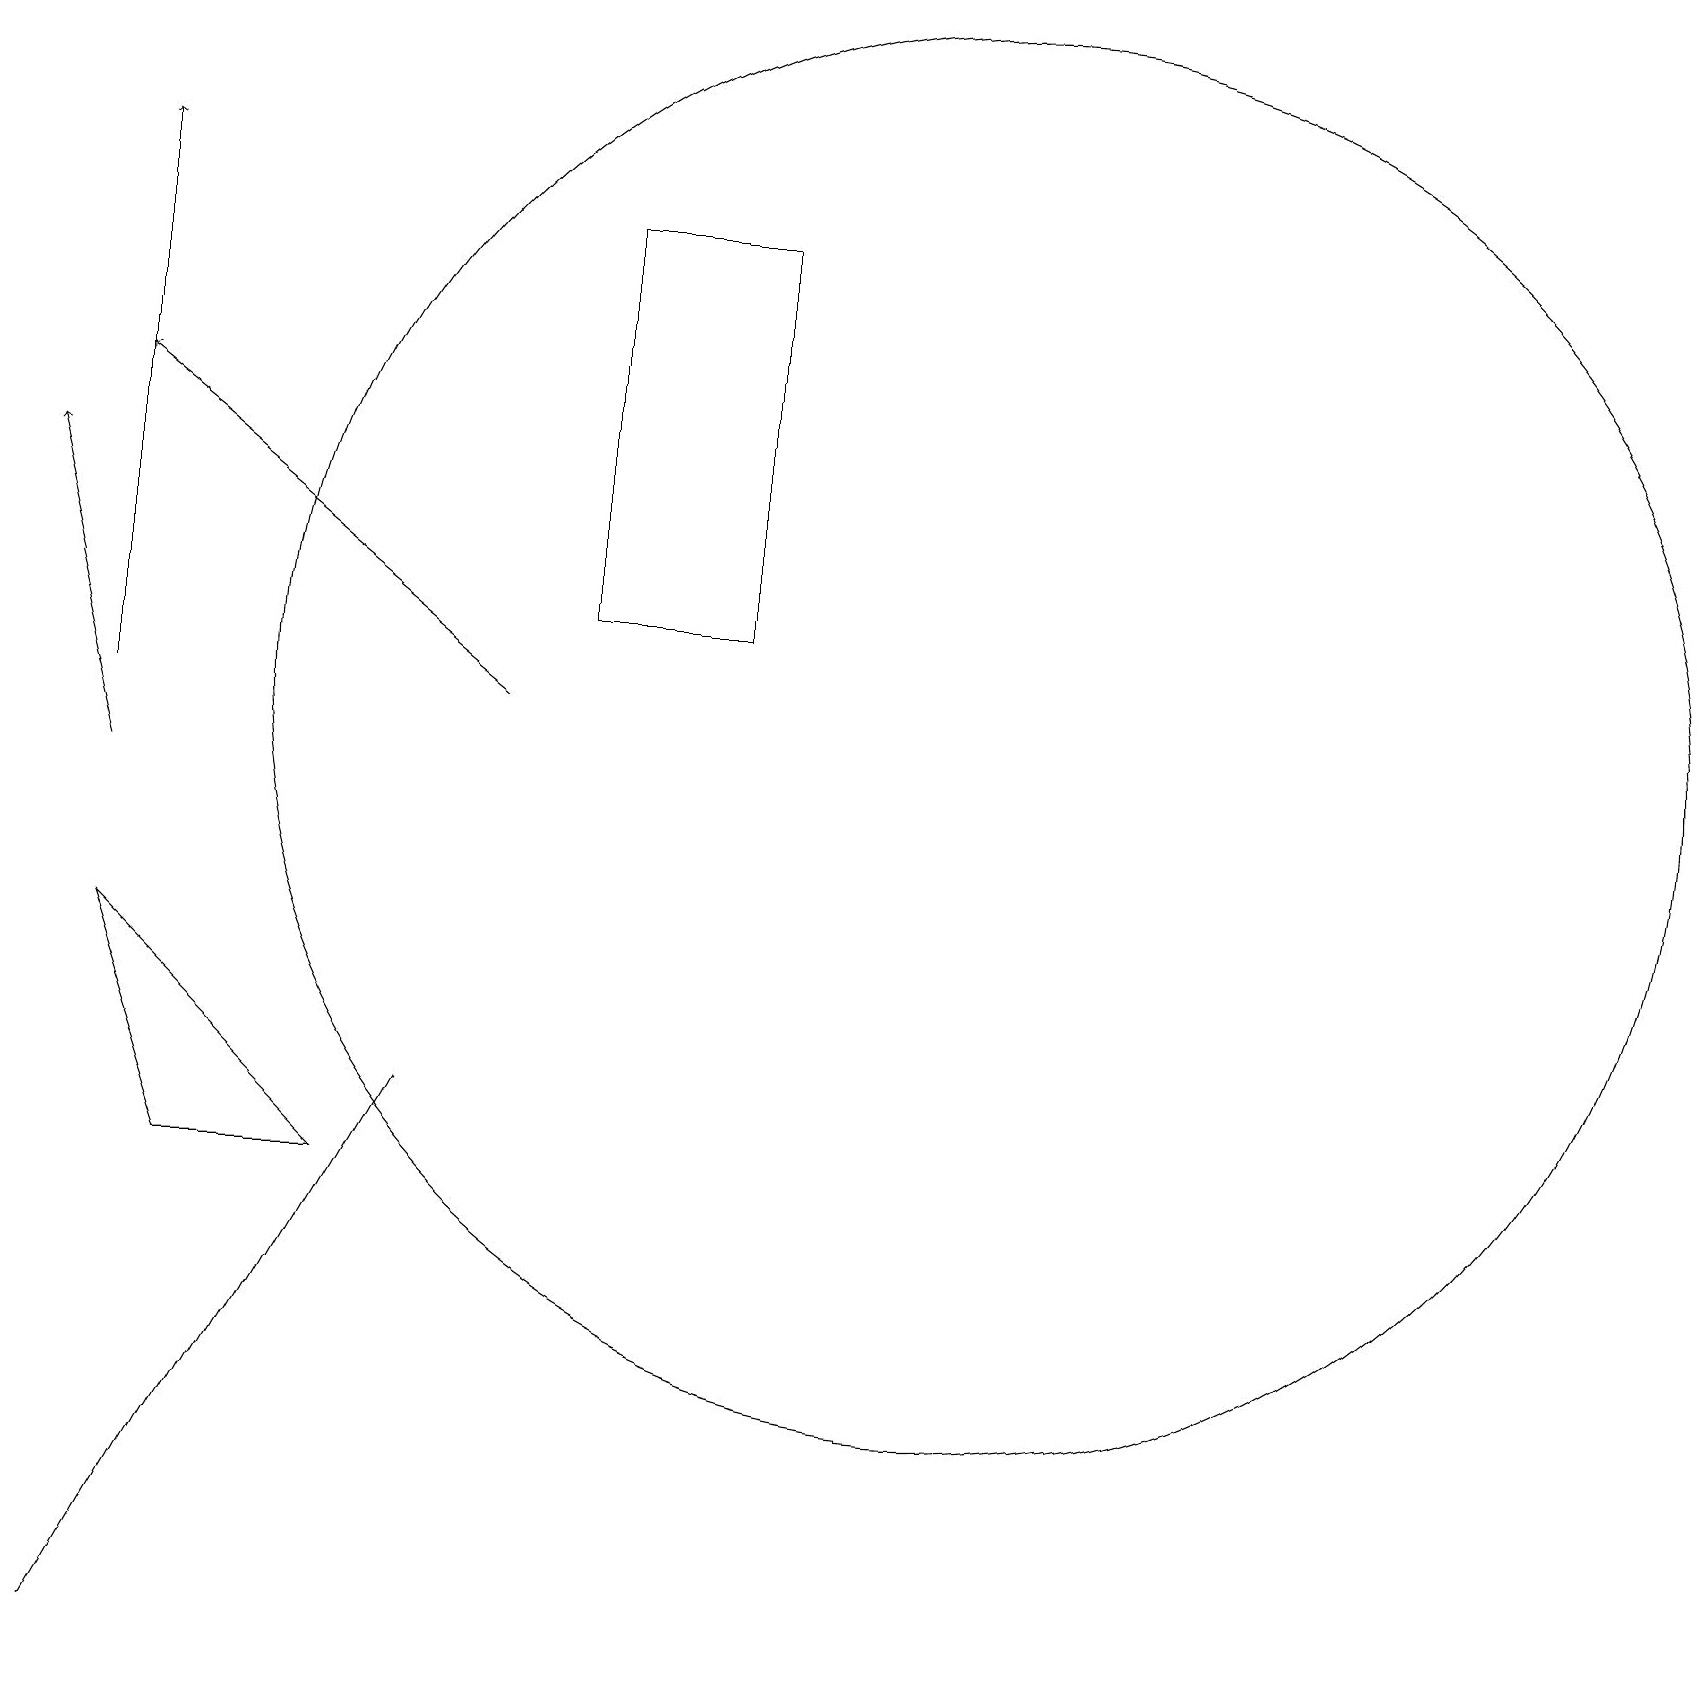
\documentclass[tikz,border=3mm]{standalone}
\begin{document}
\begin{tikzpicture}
\draw (1,9) -- (4,6) -- (2,6) -- cycle;
\draw[->] (6,12) -- (1,16);
\draw[->] (1,12) -- (1,19);
\draw (9,18) rectangle (7,13);
\draw (5,7) -- (1,0) -- (5,7) -- cycle;
\draw (11,11) circle (0);
\draw[->] (1,11) -- (0,15);
\draw (12,12) circle (9);
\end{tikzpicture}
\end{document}